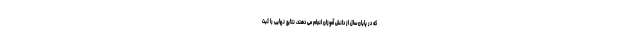
که در پایان سال از دانش آموزان انجام می دهند، نتایج نهایی را ثبت